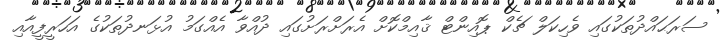
ސަރަޙައްދުތަކުގައި ވެހިކަލް ޗެކް ޕޮއިންޓް ޤާއިމްކޮށް އެރަށްރަށުގައި ދުއްވާ އެއްގަމު އުޅަނދުތަކުގެ އަހަރީފީއާއި